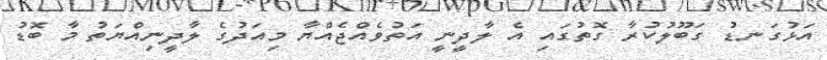
އަޅުގަނޑު ގަބޫލުކުރާ ގޮތުގައި އެ ލާދީނީ އަތުވެއްޖެއްޔާ މިއަދުގެ ލާދީނިއްޔަތު މާ ބޮޑު